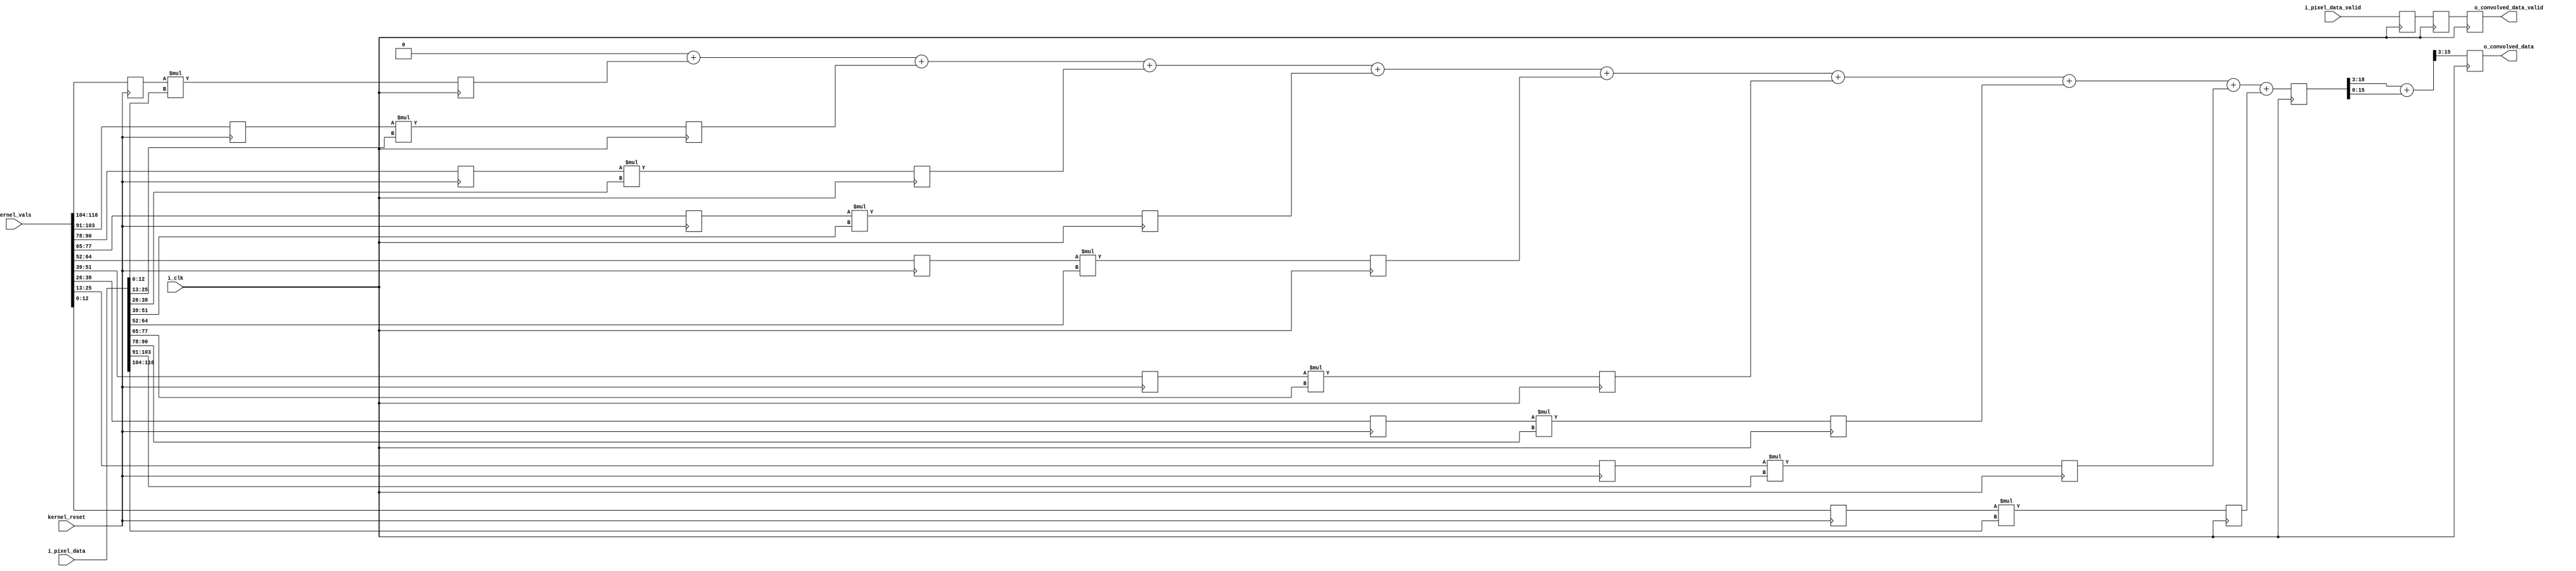
`timescale 1ns / 1ps

module conv #(
    parameter INTEGER_BITS = 9,
    parameter FIXED_POINT_BITS = 4
)(
input        i_clk,
input [(INTEGER_BITS+FIXED_POINT_BITS)*9-1:0] i_pixel_data,
input        i_pixel_data_valid,
input kernel_reset,
input [(INTEGER_BITS+FIXED_POINT_BITS)*9-1:0]kernel_vals,
output reg [INTEGER_BITS+FIXED_POINT_BITS-1:0] o_convolved_data,
output reg   o_convolved_data_valid
    );


reg [INTEGER_BITS+FIXED_POINT_BITS-1:0] kernel [8:0];
reg [(INTEGER_BITS+FIXED_POINT_BITS)*2-1:0] multData[8:0];
reg [(INTEGER_BITS+FIXED_POINT_BITS)*2-1:0] sumDataInt;
reg [(INTEGER_BITS+FIXED_POINT_BITS)*2-1:0] sumData;
reg [(INTEGER_BITS+FIXED_POINT_BITS)*2-1:0] temp1;
reg [(INTEGER_BITS+FIXED_POINT_BITS)*2-1:0] temp2;
reg multDataValid;
reg sumDataValid;
reg convolved_data_valid;
reg[3:0] i;

always @(posedge kernel_reset) begin
    kernel[0] = kernel_vals[(INTEGER_BITS+FIXED_POINT_BITS)*9-1:(INTEGER_BITS+FIXED_POINT_BITS)*8];
    kernel[1] = kernel_vals[(INTEGER_BITS+FIXED_POINT_BITS)*8-1:(INTEGER_BITS+FIXED_POINT_BITS)*7];
    kernel[2] = kernel_vals[(INTEGER_BITS+FIXED_POINT_BITS)*7-1:(INTEGER_BITS+FIXED_POINT_BITS)*6];
    kernel[3] = kernel_vals[(INTEGER_BITS+FIXED_POINT_BITS)*6-1:(INTEGER_BITS+FIXED_POINT_BITS)*5];
    kernel[4] = kernel_vals[(INTEGER_BITS+FIXED_POINT_BITS)*5-1:(INTEGER_BITS+FIXED_POINT_BITS)*4];
    kernel[5] = kernel_vals[(INTEGER_BITS+FIXED_POINT_BITS)*4-1:(INTEGER_BITS+FIXED_POINT_BITS)*3];
    kernel[6] = kernel_vals[(INTEGER_BITS+FIXED_POINT_BITS)*3-1:(INTEGER_BITS+FIXED_POINT_BITS)*2];
    kernel[7] = kernel_vals[(INTEGER_BITS+FIXED_POINT_BITS)*2-1:(INTEGER_BITS+FIXED_POINT_BITS)*1];
    kernel[8] = kernel_vals[(INTEGER_BITS+FIXED_POINT_BITS)*1-1:0];
end   
    
always @(posedge i_clk)
begin
    multData[0] = kernel[0]*i_pixel_data[(INTEGER_BITS+FIXED_POINT_BITS)-1:0];
    multData[1] = kernel[1]*i_pixel_data[2*(INTEGER_BITS+FIXED_POINT_BITS)-1:1*(INTEGER_BITS+FIXED_POINT_BITS)];
    multData[2] = kernel[2]*i_pixel_data[3*(INTEGER_BITS+FIXED_POINT_BITS)-1:2*(INTEGER_BITS+FIXED_POINT_BITS)];
    multData[3] = kernel[3]*i_pixel_data[4*(INTEGER_BITS+FIXED_POINT_BITS)-1:3*(INTEGER_BITS+FIXED_POINT_BITS)];
    multData[4] = kernel[4]*i_pixel_data[5*(INTEGER_BITS+FIXED_POINT_BITS)-1:4*(INTEGER_BITS+FIXED_POINT_BITS)];
    multData[5] = kernel[5]*i_pixel_data[6*(INTEGER_BITS+FIXED_POINT_BITS)-1:5*(INTEGER_BITS+FIXED_POINT_BITS)];
    multData[6] = kernel[6]*i_pixel_data[7*(INTEGER_BITS+FIXED_POINT_BITS)-1:6*(INTEGER_BITS+FIXED_POINT_BITS)];
    multData[7] = kernel[7]*i_pixel_data[8*(INTEGER_BITS+FIXED_POINT_BITS)-1:7*(INTEGER_BITS+FIXED_POINT_BITS)];
    multData[8] = kernel[8]*i_pixel_data[9*(INTEGER_BITS+FIXED_POINT_BITS)-1:8*(INTEGER_BITS+FIXED_POINT_BITS)];
    
    multDataValid <= i_pixel_data_valid;
end


always @(*)
begin
    sumDataInt = 0;
    for(i=0;i<9;i=i+1)
    begin
        sumDataInt = sumDataInt + multData[i];
    end
end

always @(posedge i_clk)
begin
    sumData <= sumDataInt;
    sumDataValid <= multDataValid;
end
    
always @(posedge i_clk)
begin
    temp1 = sumData >> 3;
    temp2 = temp1 + sumData;
    o_convolved_data = temp2[INTEGER_BITS+2*FIXED_POINT_BITS-1:FIXED_POINT_BITS-1];
    o_convolved_data_valid <= sumDataValid;
end
    
endmodule